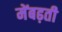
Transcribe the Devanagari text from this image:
मेंबढ़ती